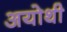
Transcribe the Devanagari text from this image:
अयोथी